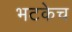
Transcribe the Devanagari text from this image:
भटकेच